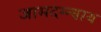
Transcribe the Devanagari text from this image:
जामदग्न्याय